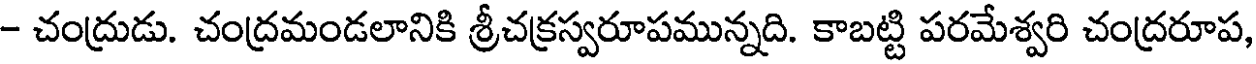
- చంద్రుడు. చంద్రమండలానికి శ్రీచక్రస్వరూపమున్నది. కాబట్టి పరమేశ్వరి చంద్రరూప,